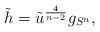
LaTeX: \begin{align*}\tilde{h} = \tilde{u}^{\frac{4}{n-2}} g_{S^n},\end{align*}